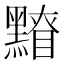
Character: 𪒂